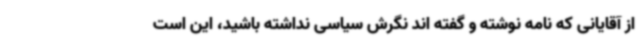
از آقایانی که نامه نوشته و گفته اند نگرش سیاسی نداشته باشید، این است